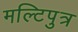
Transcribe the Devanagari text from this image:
मल्टिपुत्र